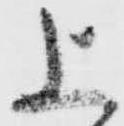
上